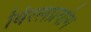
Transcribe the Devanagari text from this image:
विरलप्रयोग